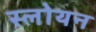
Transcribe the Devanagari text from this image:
स्लोयन